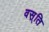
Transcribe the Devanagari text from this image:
वस़्ति